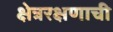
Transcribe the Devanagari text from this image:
क्षेत्ररक्षणाची